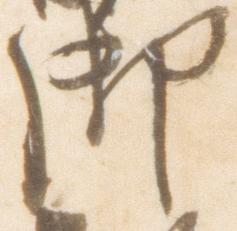
御